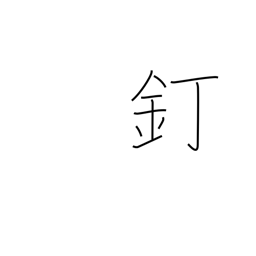
Meaning: nail